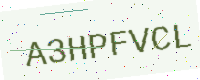
Text: A3HPFVCL